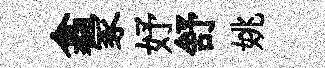
翕冢妤舒姚